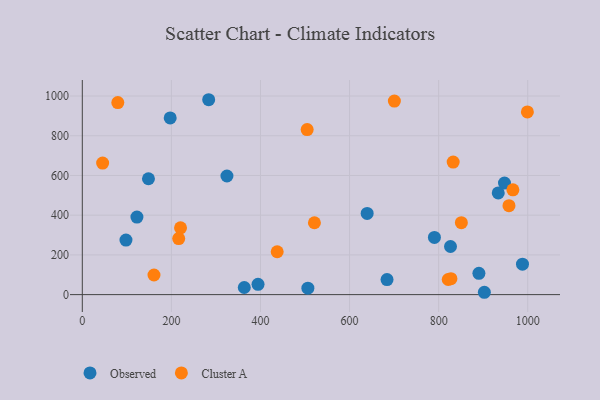
{"axis": {"x": "Engine Size", "y": "Profit"}, "legend": ["Cluster A", "Observed"], "data": [{"x": "826.6", "y": 242.4, "type": "Observed"}, {"x": "947.8", "y": 561.5, "type": "Observed"}, {"x": "363.6", "y": 35.8, "type": "Observed"}, {"x": "902.6", "y": 11.8, "type": "Observed"}, {"x": "394.5", "y": 51.6, "type": "Observed"}, {"x": "506.4", "y": 32.4, "type": "Observed"}, {"x": "122.6", "y": 390.3, "type": "Observed"}, {"x": "148.5", "y": 583.4, "type": "Observed"}, {"x": "790.5", "y": 288.0, "type": "Observed"}, {"x": "988.2", "y": 153.5, "type": "Observed"}, {"x": "890.4", "y": 107.2, "type": "Observed"}, {"x": "684.1", "y": 76.0, "type": "Observed"}, {"x": "283.7", "y": 981.4, "type": "Observed"}, {"x": "324.7", "y": 597.2, "type": "Observed"}, {"x": "933.8", "y": 512.1, "type": "Observed"}, {"x": "197.3", "y": 889.6, "type": "Observed"}, {"x": "98.0", "y": 274.6, "type": "Observed"}, {"x": "639.5", "y": 408.7, "type": "Observed"}, {"x": "999.2", "y": 920.1, "type": "Cluster A"}, {"x": "521.1", "y": 361.8, "type": "Cluster A"}, {"x": "700.6", "y": 974.7, "type": "Cluster A"}, {"x": "832.6", "y": 667.6, "type": "Cluster A"}, {"x": "216.4", "y": 282.3, "type": "Cluster A"}, {"x": "160.9", "y": 98.7, "type": "Cluster A"}, {"x": "957.9", "y": 447.7, "type": "Cluster A"}, {"x": "504.8", "y": 831.2, "type": "Cluster A"}, {"x": "821.5", "y": 76.2, "type": "Cluster A"}, {"x": "79.7", "y": 967.3, "type": "Cluster A"}, {"x": "437.5", "y": 215.9, "type": "Cluster A"}, {"x": "966.7", "y": 527.5, "type": "Cluster A"}, {"x": "45.6", "y": 662.6, "type": "Cluster A"}, {"x": "220.5", "y": 336.2, "type": "Cluster A"}, {"x": "827.6", "y": 80.1, "type": "Cluster A"}, {"x": "851.0", "y": 362.4, "type": "Cluster A"}]}